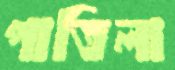
পাতিলা